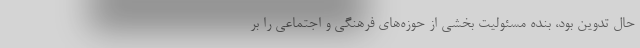
حال تدوین بود، بنده مسئولیت بخشی از حوزه‌های فرهنگی و اجتماعی را بر